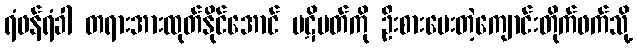
ရံဖန်ရံခါ တရားအားထုတ်နိုင်အောင် ပဋိပတ်ကို ဦးစားပေးတဲ့ကျောင်းတိုက်ဖက်သို့